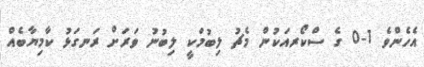
އެހެންވެ 1-0 ގެ ސްކޯރއަކުން މެޗު ލިބުމަކީ ލިބުނު ވަރަށް ރަނގަޅު ކާމިޔާބެއް